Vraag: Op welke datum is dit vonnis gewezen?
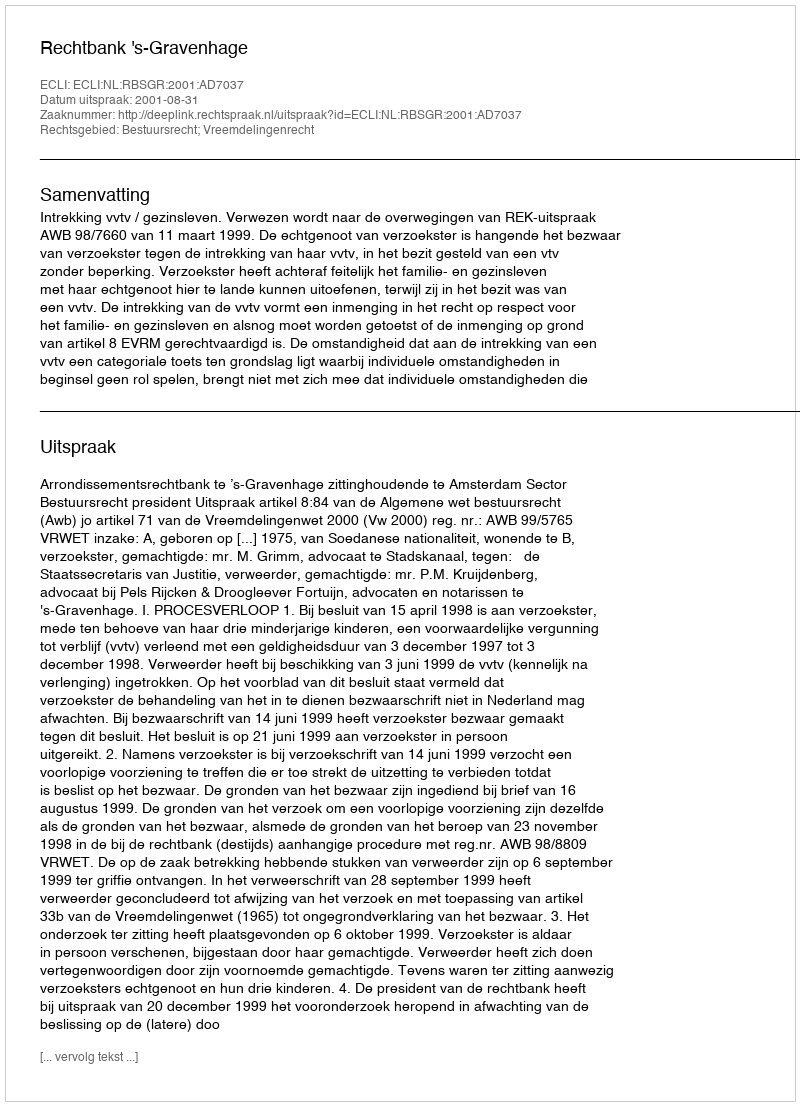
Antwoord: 2001-08-31